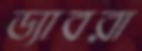
ড্যাবরা